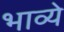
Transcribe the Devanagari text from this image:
भाव्ये